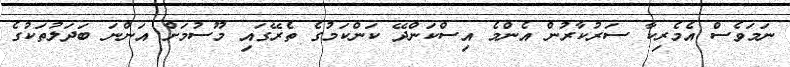
ނަމަވެސް އެމެރިކާ ސަރުކާރުން އެންމެ އިސްކަންދޭ ކަންކަމުގެ ތެރޭގައި މޫސުމަށް އަންނަ ބަދަލުތަކުގެ